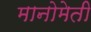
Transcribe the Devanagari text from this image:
मानोमेती